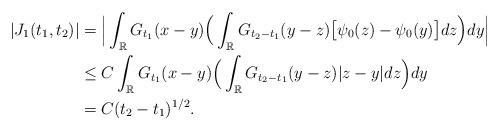
LaTeX: \begin{align*}|J_1(t_1,t_2)| &= \Big|\int_{\mathbb{R}} G_{t_1}(x-y) \Big( \int_{\mathbb{R}} G_{t_2-t_1}(y-z) \big[\psi_0(z)-\psi_0(y)\big] dz \Big) dy \Big|\\&\leq C \int_{\mathbb{R}} G_{t_1}(x-y) \Big( \int_{\mathbb{R}} G_{t_2-t_1}(y-z) |z-y| dz \Big) dy\\&= C (t_2-t_1)^{1/2}.\end{align*}